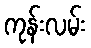
ကုန်းလမ်း